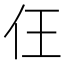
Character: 仼